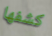
كشفها